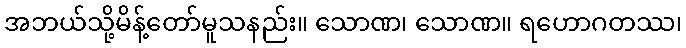
အဘယ်သို့မိန့်တော်မူသနည်း။ သောဏ၊ သောဏ။ ရဟောဂတဿ၊